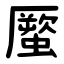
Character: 蟨